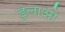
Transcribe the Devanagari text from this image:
डुलाओ